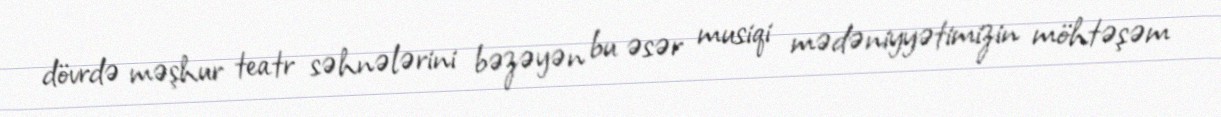
dövrdə məşhur teatr səhnələrini bəzəyən bu əsər musiqi mədəniyyətimizin möhtəşəm